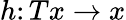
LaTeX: h\colon Tx\to x